Report on enteric fever
Disease focus: Fever
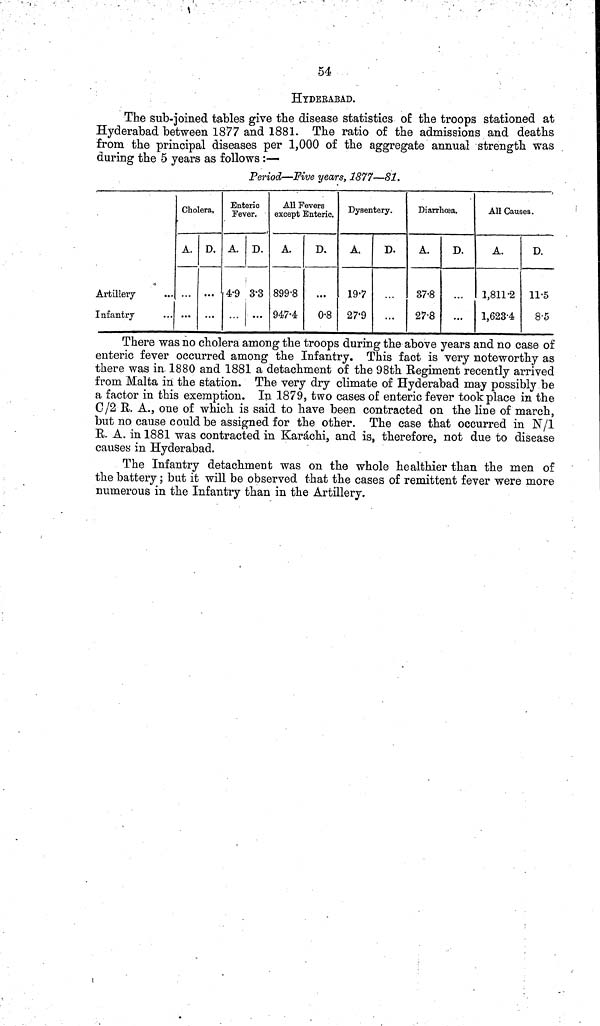
54
HYDERABAD.
The sub joined tables give the disease statistics of the troops stationed at
Hyderabad between 1877 and 1881. The ratio of the admissions and deaths
from the principal diseases per 1,000 of the aggregate annual strength was
during the 5 years as follows :—
Period—Five years, 1877—81.
Artillery
Infantry
Cholera,
A.
...
D.
...
Enteric
Fever.
A.
4 9
D.
3 3
All Fevers
except Enteric.
A.
899 8
947 4
D.
...
0 8
Dysentery.
A.
19 7
27 9
D.
...
Diarrhoea.
A.
37 8
27 8
D.
...
...
All Causes.
A.
1,811 2
1,623 4
D.
11 5
8 5
There was no cholera among the troops during the above years and no case of
enteric fever occurred among the Infantry. This fact is very noteworthy as
there was in 1880 and 1881 a detachment of the 98th Regiment recently arrived
from Malta in the station. The very dry climate of Hyderabad may possibly be
a factor in this exemption. In 1879, two cases of enteric fever took place in the
C/2 R. A., one of which is said to have been contracted on the line of march,
but no cause could be assigned for the other. The case that occurred in N/1
E. A. in 1881 was contracted in Karáchi, and is, therefore, not due to disease
causes in Hyderabad.
The Infantry detachment was on the whole healthier than the men of
the battery; but it will be observed that the cases of remittent fever were more
numerous in the Infantry than in the Artillery,